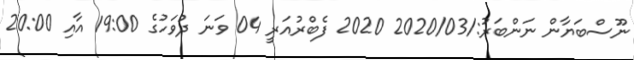
ނޫސްބަޔާން ނަންބަރު:/2020/03 2020 ފެބްރުއަރީ 04 ވަނަ ދުވަހުގެ 19:00 އާއި 20:00